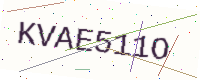
Text: KVAE511O